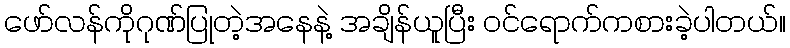
ဖော်လန်ကိုဂုဏ်ပြုတဲ့အနေနဲ့ အချိန်ယူပြီး ဝင်ရောက်ကစားခဲ့ပါတယ်။